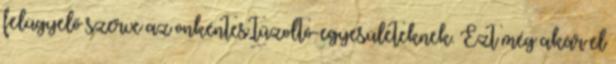
felügyelő szerve az önkéntes tűzoltó-egyesületeknek. Ezt még akár el